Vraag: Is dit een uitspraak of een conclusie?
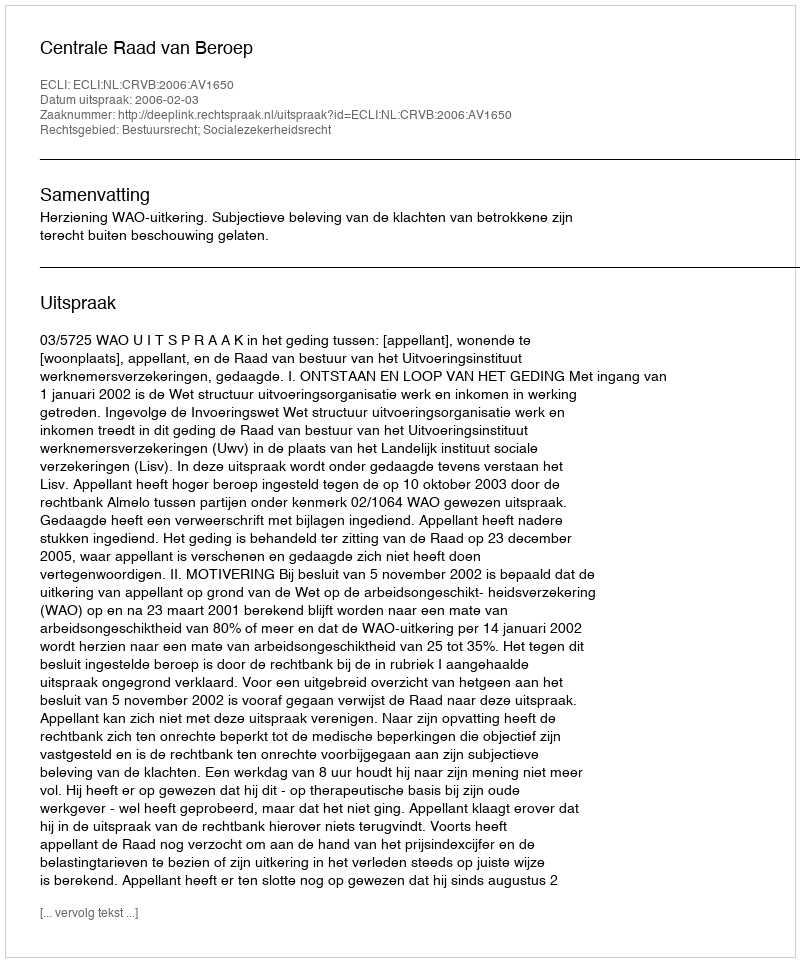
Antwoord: Uitspraak